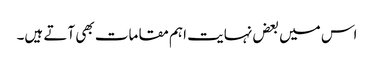
اس میں بعض نہایت اہم مقامات بھی آتے ہیں۔